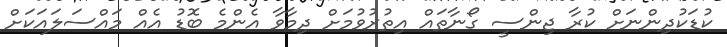
ކުޑަކުދިންނަށް ކުރާ ޖިންސީ ގޯނާތައް އިތުރުވުމަށް ދިމާވާ އެންމެ ބޮޑު އެއް މައްސަލައަކަށް